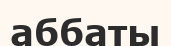
аббаты